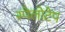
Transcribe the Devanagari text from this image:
स्पेलोटेप